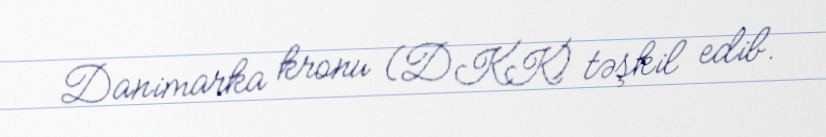
Danimarka kronu (DKK) təşkil edib.